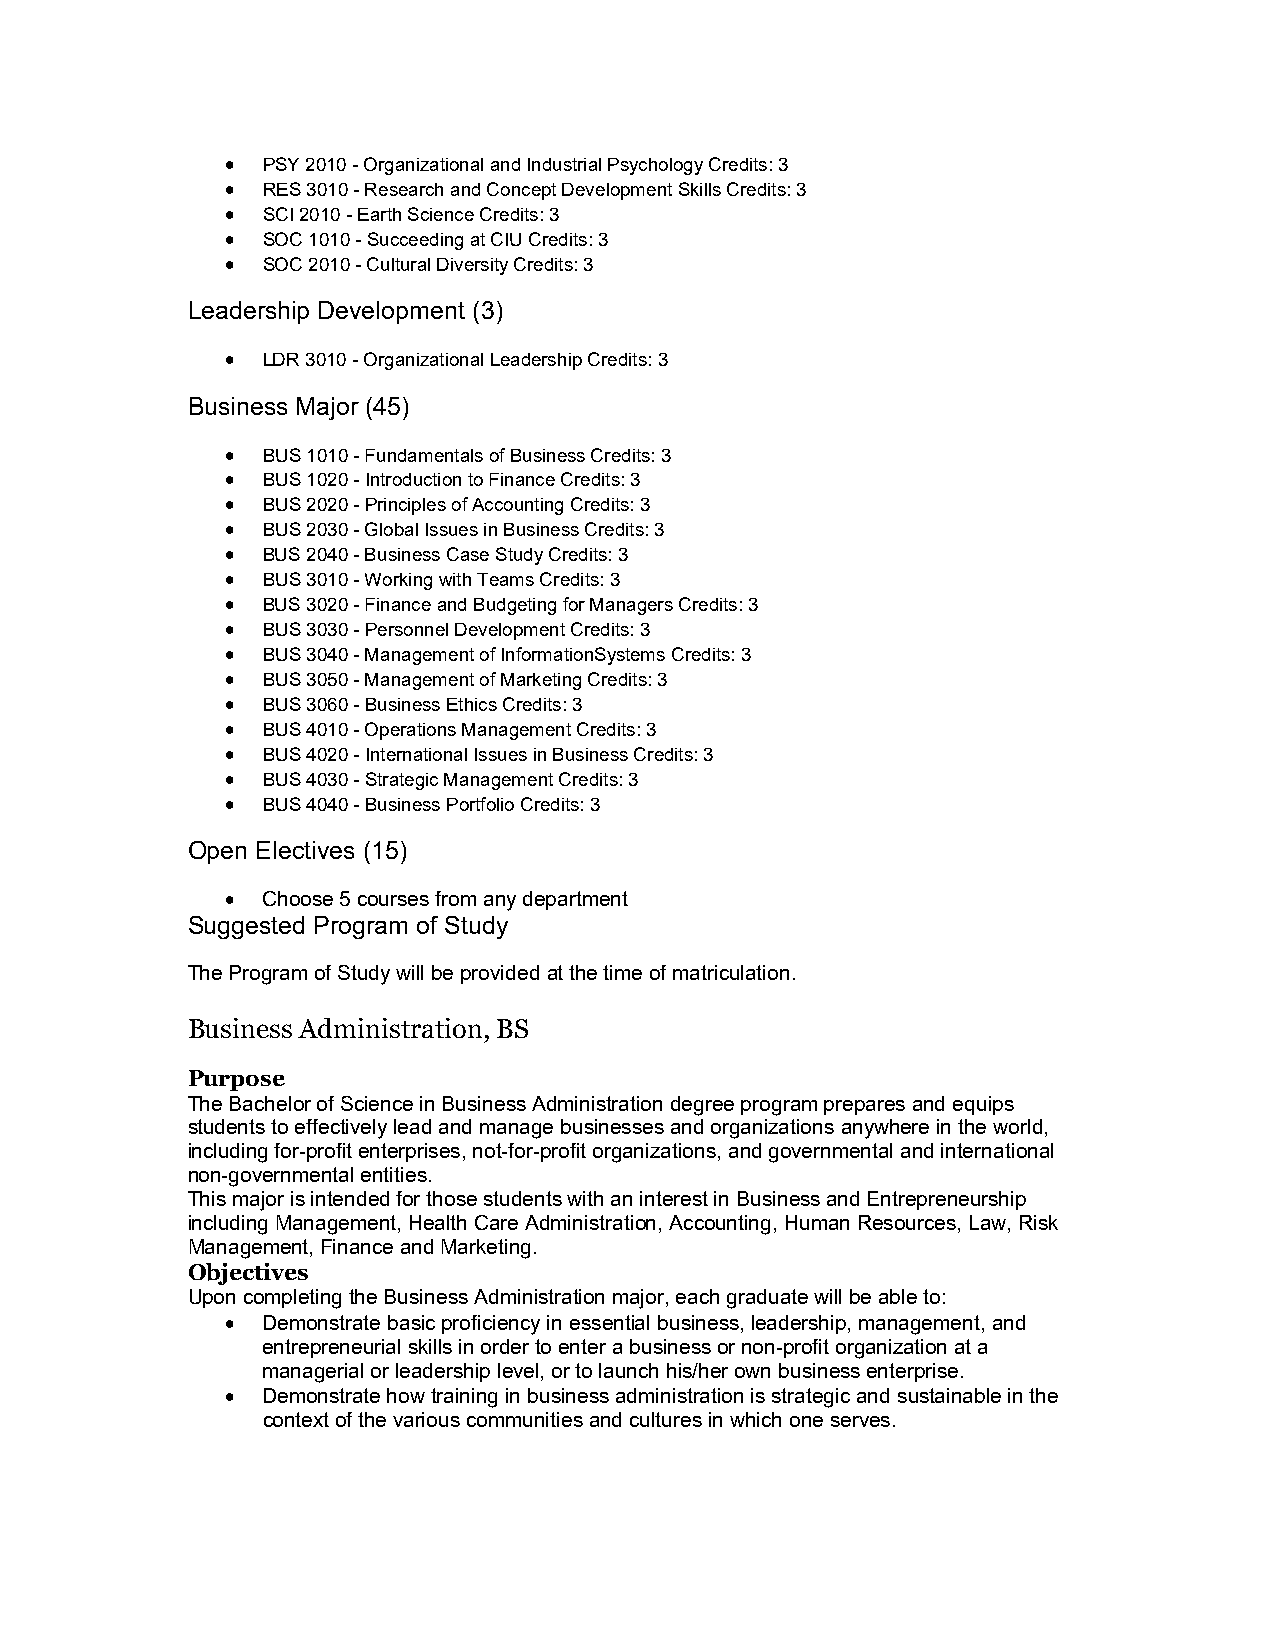
 PSY 2010 - Organizational and Industrial Psychology Credits: 3
  RES 3010 - Research and Concept Development Skills Credits: 3
  SCI 2010 - Earth Science Credits: 3
  SOC 1010 - Succeeding at CIU Credits: 3
  SOC 2010 - Cultural Diversity Credits: 3
 Leadership Development (3)
  LDR 3010 - Organizational Leadership Credits: 3
 Business Major (45)
  BUS 1010 - Fundamentals of Business Credits: 3
  BUS 1020 - Introduction to Finance Credits: 3
  BUS 2020 - Principles of Accounting Credits: 3
  BUS 2030 - Global Issues in Business Credits: 3
  BUS 2040 - Business Case Study Credits: 3
  BUS 3010 - Working with Teams Credits: 3
  BUS 3020 - Finance and Budgeting for Managers Credits: 3
  BUS 3030 - Personnel Development Credits: 3
  BUS 3040 - Management of InformationSystems Credits: 3
  BUS 3050 - Management of Marketing Credits: 3
  BUS 3060 - Business Ethics Credits: 3
  BUS 4010 - Operations Management Credits: 3
  BUS 4020 - International Issues in Business Credits: 3
  BUS 4030 - Strategic Management Credits: 3
  BUS 4040 - Business Portfolio Credits: 3
 Open Electives (15)
  Choose 5 courses from any department
 Suggested Program of Study
 The Program of Study will be provided at the time of matriculation.
 Business Administration, BS
 Purpose
 The Bachelor of Science in Business Administration degree program prepares and equips
 students to effectively lead and manage businesses and organizations anywhere in the world,
 including for-profit enterprises, not-for-profit organizations, and governmental and international
 non-governmental entities.
 This major is intended for those students with an interest in Business and Entrepreneurship
 including Management, Health Care Administration, Accounting, Human Resources, Law, Risk
 Management, Finance and Marketing.
 Objectives
 Upon completing the Business Administration major, each graduate will be able to:
  Demonstrate basic proficiency in essential business, leadership, management, and
 entrepreneurial skills in order to enter a business or non-profit organization at a
 managerial or leadership level, or to launch his/her own business enterprise.
  Demonstrate how training in business administration is strategic and sustainable in the
 context of the various communities and cultures in which one serves.